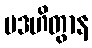
ပဒဟိတွာန